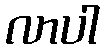
လာပါ